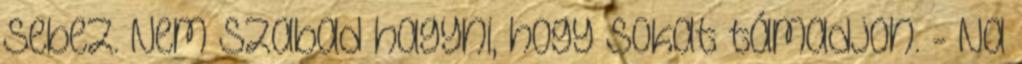
sebez. Nem szabad hagyni, hogy sokat támadjon. - Na